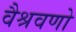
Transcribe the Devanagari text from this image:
वैश्रवणो